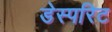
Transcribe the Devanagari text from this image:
डेस्परिट